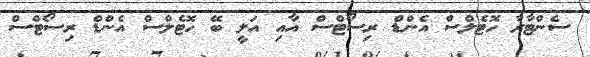
ސެންޓާރާ ހޮޓެލްސް އެންޑް ރިސޯޓްސް އާއި އަލީ ބޭ ހޮޓެލްސް އެންޑް ރިސޯޓްސް